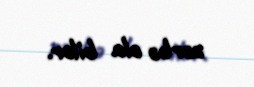
zərbə ola bilər.